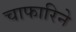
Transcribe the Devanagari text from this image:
चाफारिने